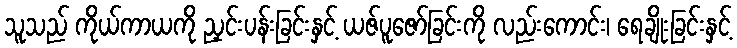
သူသည် ကိုယ်ကာယကို ညှင်းပန်းခြင်းနှင့် ယဇ်ပူဇော်ခြင်းကို လည်းကောင်း၊ ရေချိုးခြင်းနှင့်